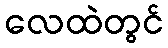
လေထဲတွင်